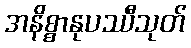
အနိစ္စာနုပဿီသုတ်